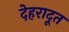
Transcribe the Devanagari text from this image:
देहरादूत